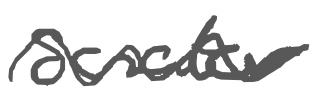
Text: senator
Cross-out: mix
Writing tool: digital_gray